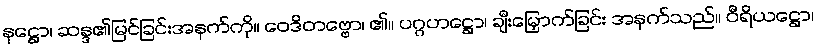
နဋ္ဌော၊ ဆန္ဒ၏မြင်ခြင်းအနက်ကို။ ဝေဒိတဗ္ဗော၊ ၏။ ပဂ္ဂဟဋ္ဌော၊ ချီးမြှောက်ခြင်း အနက်သည်။ ဝီရိယဋ္ဌော၊